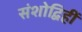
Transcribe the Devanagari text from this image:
संशोद्विहीं